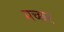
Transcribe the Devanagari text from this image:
मच्‍छर